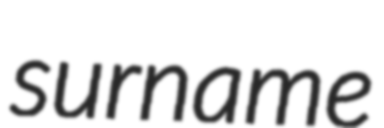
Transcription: surname